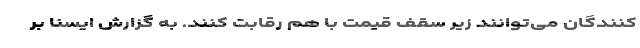
کنندگان می‌توانند زیر سقف قیمت با هم رقابت کنند. به گزارش ایسنا بر